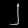
Digit: ၂